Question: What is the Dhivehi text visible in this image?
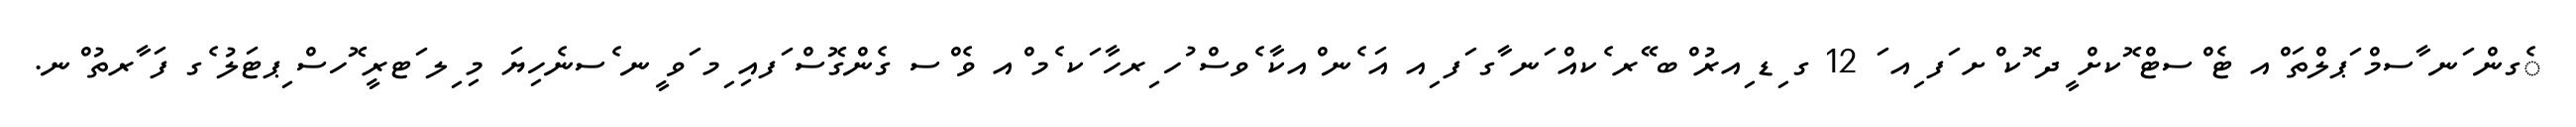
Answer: ެގން ަނ ާސމް ަޕލްތަ ްއ ޓެ ްސޓް ޮކށް ީދ ޮކ ްށ ަފ ިއ ަ 12 ގ ިޑ ިއރު ްބ ޭރ ެކއް ަނ ާގ ަފ ިއ އަ ެނ ްއކާ ެވސް ުހ ިރހާ ަކ ެމ ްއ ވެ ްސ ގެންގޮސް ަފއި ިމ ަވ ީނ ެސނެހިޔަ މި ިލ ަޓރީ ޮހސް ިޕޓަލު ެގ ފަ ާރތު ްނ.